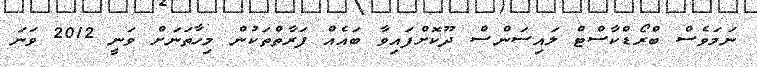
ނަމަވެސް ބްރޯޑްކާސްޓް ލައިސަންސް ދޫކޮށްފައިވާ ބައެއް ފަރާތްތަކުން މިހާތަނަށް ވަނީ 2012 ވަނަ